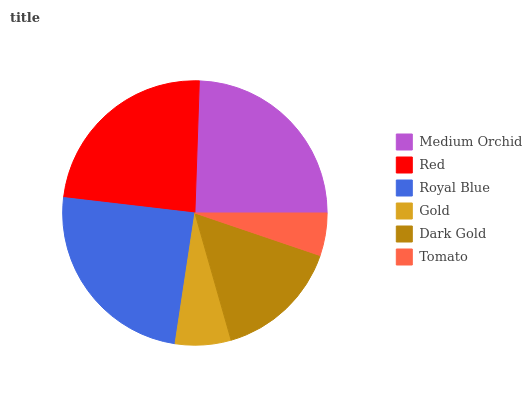
| Medium Orchid | Red | Royal Blue | Gold | Dark Gold | Tomato |
 | --- | --- | --- | --- | --- | --- |
 | 24.5% | 23.7% | 24.5% | 6.8% | 15.4% | 5.2% |